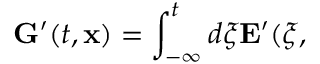
{ \bf G } ^ { \prime } ( t , { \bf x } ) = \int _ { - \infty } ^ { t } d \xi { \bf E } ^ { \prime } ( \xi ,